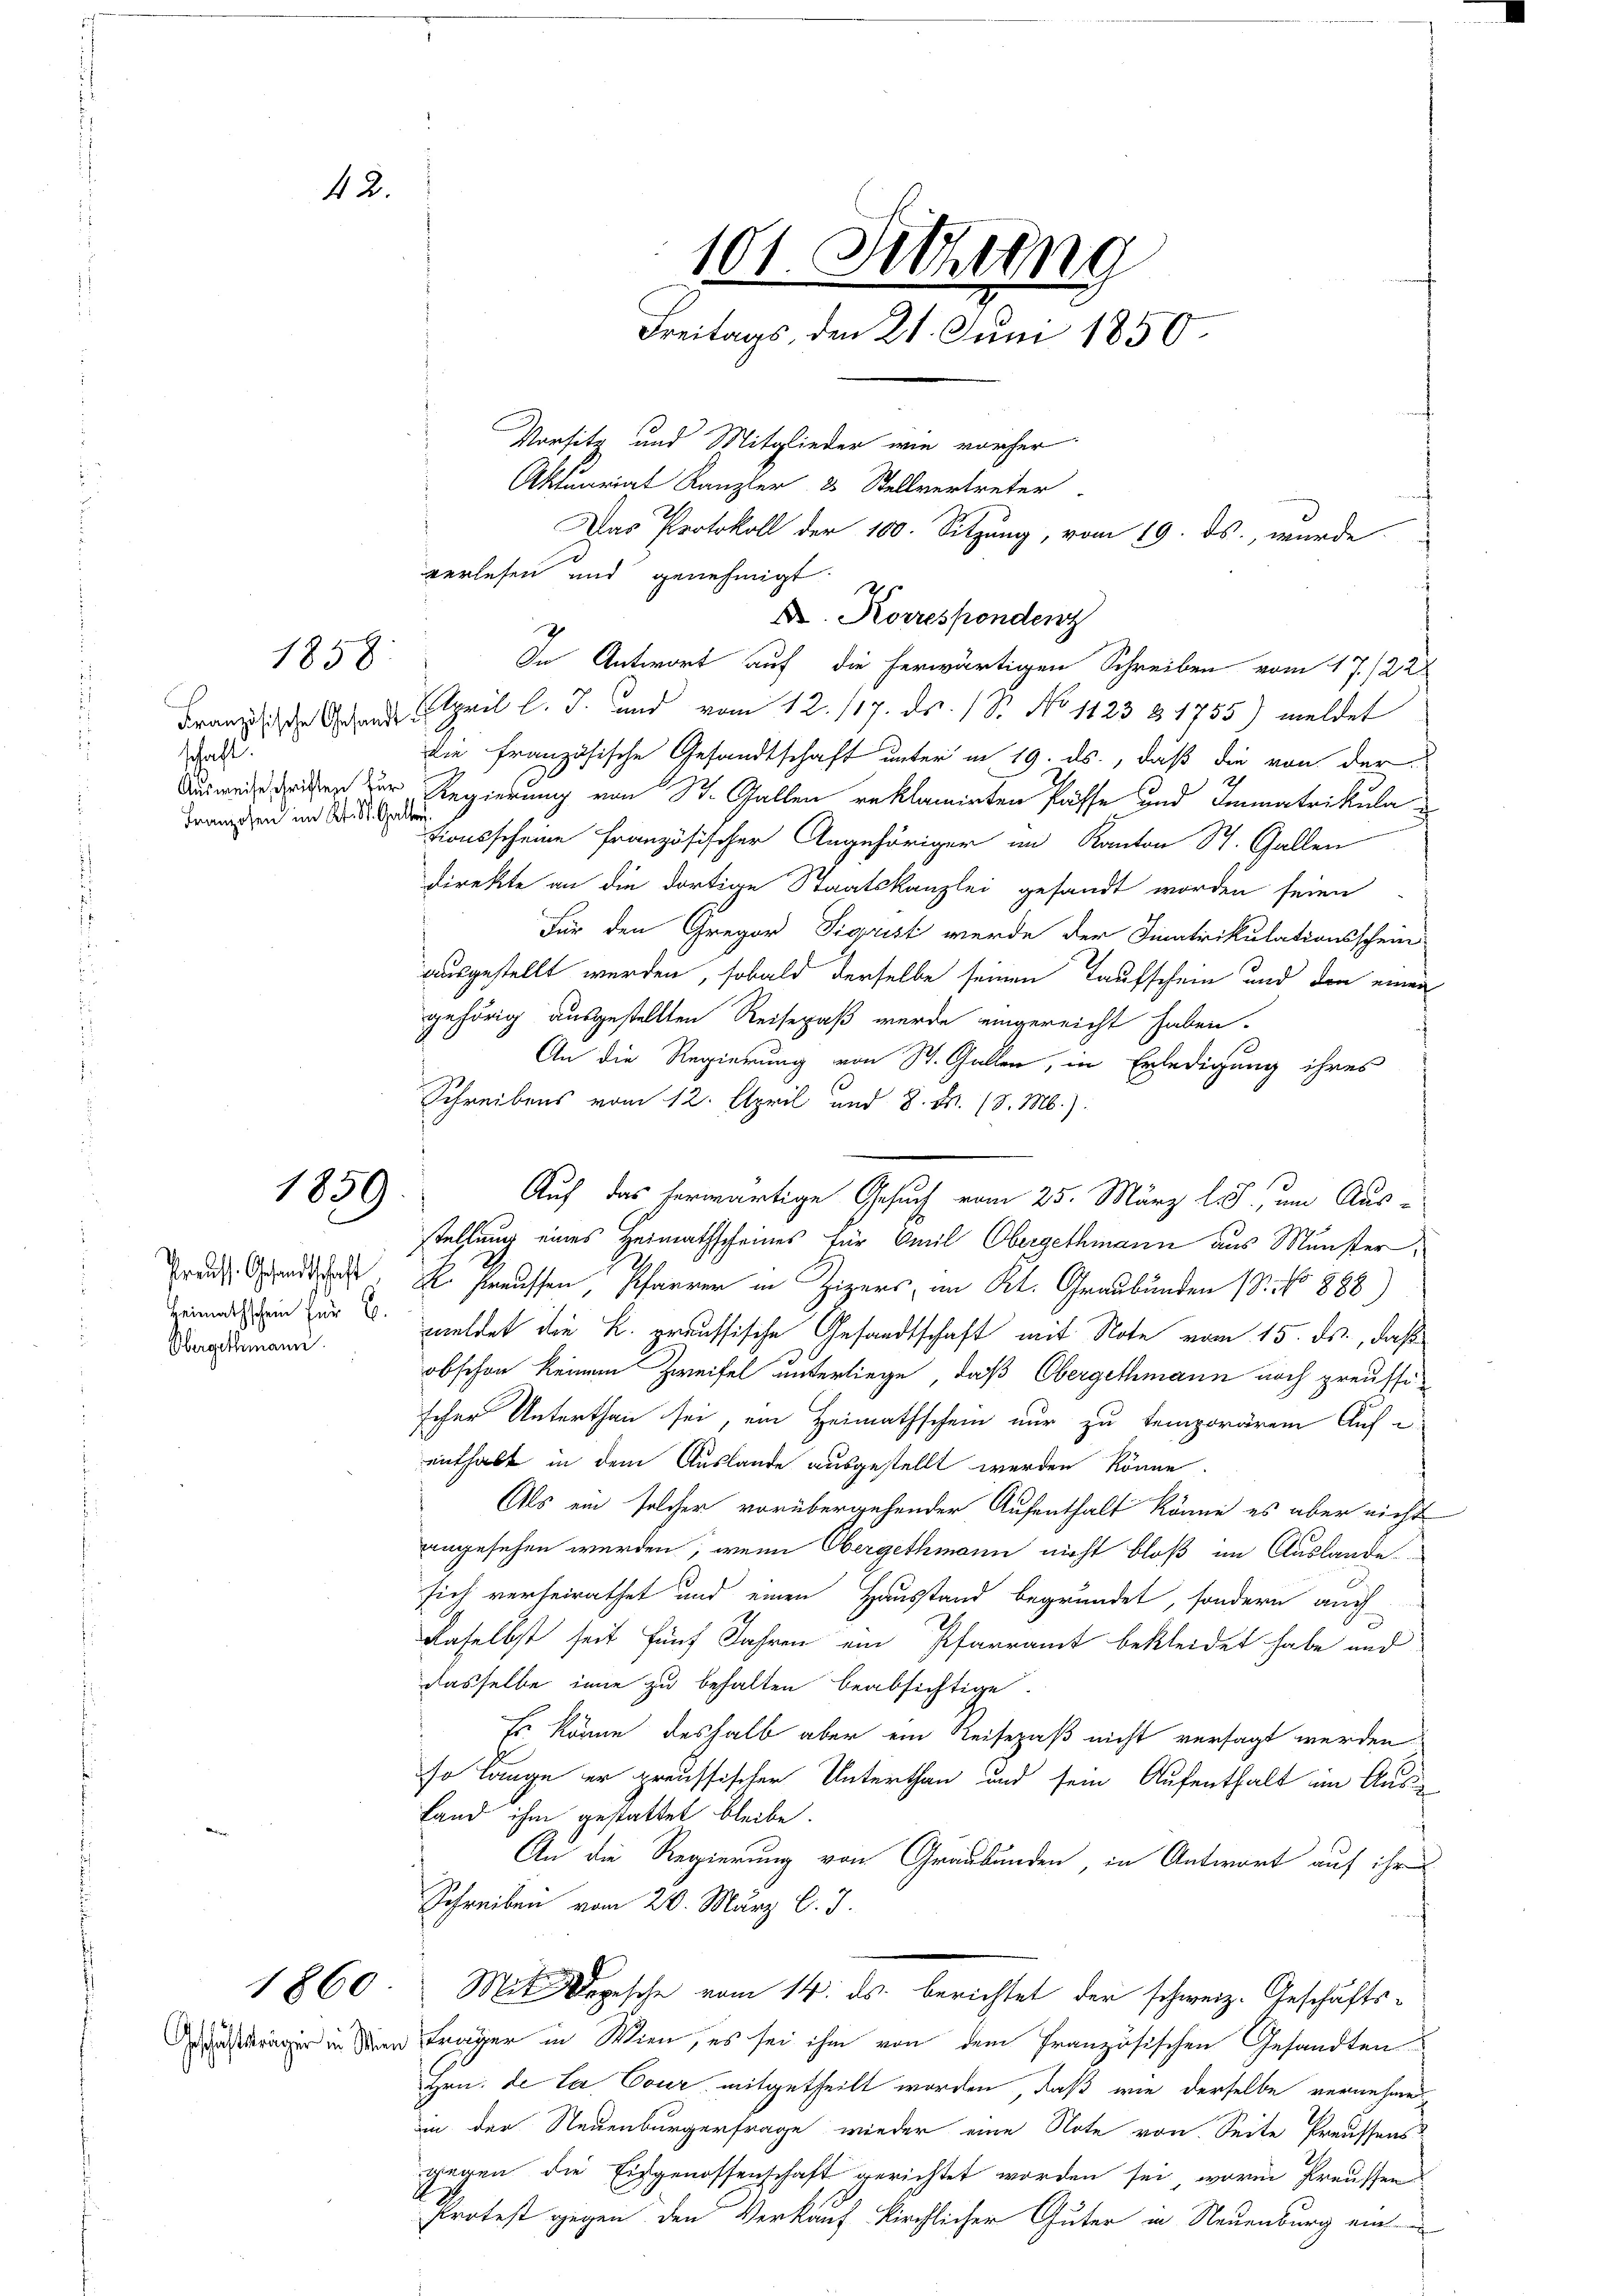
42

101. Schling
Freitags, den 21. Juni 1850.

Vorsitz und Mitglieder wie vorher
Aktuariat Kanzler 3 Stellvertreter
verlesen und genehmigt.
1858. In Antwort auf die herwärtigen Schreiben vom 17./22
Franz ande April l. J. und vom 12. 117. ds. 1 St. No 1123 & 1755) meldet
die französische Gesandtschaft unter in 19. ds., daß die von der
Ausweisen der Regierung von St. Gallen reklamirten Pässe und Immatrikula
tionsscheine Französischer Angehöriger im Kanton St. Gallen
direkte an die dortige Staatskanzlei gesandt worden seien
Für den Gregor Sigrist werde der Finatrikulationsschein-
ausgestellt werden, sobald derselbe seinen Taufschein und den einen
gehörig ausgestellten Reisepaß werde eingereicht haben.
An die Regierung von St. Gallen, in Erledigung ihres
1
Schreibens vom 12. April und 8. M. 18. M.)
stellung eines Heimathscheines für Emil Obergethmann aus Münster,
. E
R. Preussen, Pfarrer in Zizers, an Kt. Graubünden (Dr. No 888
beinanzen zur Heldet die K. preussische Gesandtschaft mit Note vom 15. ds., daß
obschon keinen Zweifel unterliege, daß Obergethmann noch preussischer Unterthan sei, ein Heimathschein nur zu temporärem Aufenthalt in dem Auslande ausgestellt werden könne
Als ein solcher vorübergehender Aufenthalt könne es aber nicht
angesehen werden, wenn Obergethmann nicht bloß im Auslande
sich verheirathet und einen Hausstand begründet, sondern auch
daselbst seit fünf Jahren ein Pfarramt bekleidet habe und
dasselbe inne zu behalten beabsichtige.
Er könne deshalb aber ein Reisepaß nicht versagt werden
so lange er preussischer Unterthan und sein Aufenthalt im Aus¬
Land ihm gestattet bleibe.
An die Regierung von Graubünden, in Antwort auf ihr
Schreiben vom 20. März l. J.
1860. Mit Depesche vom 14. ds. berichtet der schweiz. Geschäfts-
rer in den träger in Wien, es sei ihm von dem französischen Gesandten
Hön. de la Cour mitgetheilt worden, daß wie derselbe vernehmen
in der Neuenburgerfrage wieder eine Note von Seite Preussens
gegen die Eidgenossenschaft gerichtet worden sei, worin Preussen
Protest gegen den Verkauf kirchlicher Güter in Neuenburg eine

Das Protokoll der 100. Sitzung, vom 19. ds., wurde

Dr. Korrespondenz

schaft.
Franzosen im Kt. St. Galle

1859.

Auf das herwärtige Gesuch vom 25. März l. J., um Aus-

Preuss. Gesandtschaft
Obergethmann.